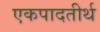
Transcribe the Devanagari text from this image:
एकपादतीर्थ